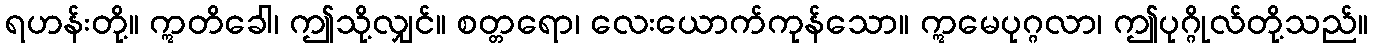
ရဟန်းတို့။ ဣတိခေါ၊ ဤသို့လျှင်။ စတ္တရော၊ လေးယောက်ကုန်သော။ ဣမေပုဂ္ဂလာ၊ ဤပုဂ္ဂိုလ်တို့သည်။